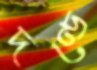
দণ্ডে